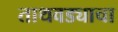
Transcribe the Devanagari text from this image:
ताथवड्याचा